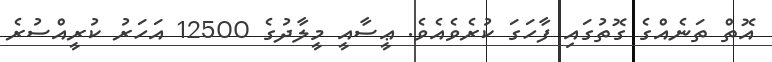
އޮތް ތަނެއްގެ ގޮތުގައި ފާހަގަ ކުރެވެއެވެ. ޢީސާއީ މީލާދުގެ 12500 އަހަރު ކުރީއްސުރެ